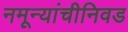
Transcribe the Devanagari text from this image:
नमून्यांचीनिवड